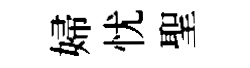
婦忧聖